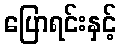
ပြောရင်းနှင့်